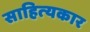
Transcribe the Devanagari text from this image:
साहित्‍यकार